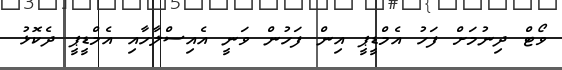
ވޯޓް ދިނުމަށް ފަހު އެމްޑީޕީ އިން ފަހުން ވަނީ އެއިސްލާހާއި އެމްޑީޕީ ދެކޮޅު